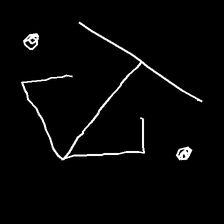
Glyph: earth